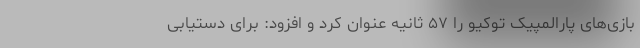
بازی‌های پارالمپیک توکیو را ۵۷ ثانیه عنوان کرد و افزود: برای دستیابی